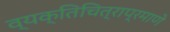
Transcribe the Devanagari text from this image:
व्यक्तिचित्राप्रमाणे